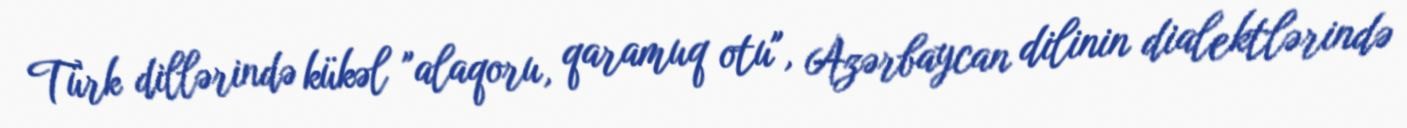
Türk dillərində kükəl "alaqoru, qaramuq otu", Azərbaycan dilinin dialektlərində